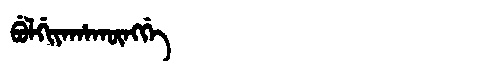
Manchu: ᠪᡠᠯᡤᡳᠶᠠᡥᠠᡴᡡᠩᡤᡝ
Romanization: BULGIYAHAKŪNGGE